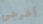
أخرجى